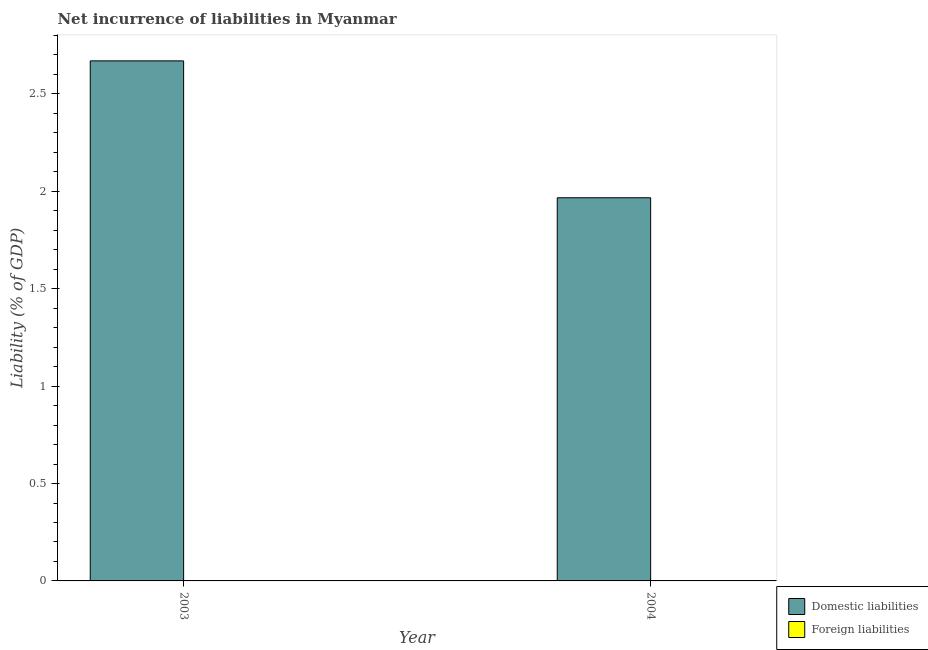
| Year | Domestic liabilities | Foreign liabilities |
 | --- | --- | --- |
 | 2003 | 2.67 | -0.00149 |
 | 2004 | 1.97 | -0.00105 |